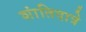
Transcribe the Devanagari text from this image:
शांतिदात्रे